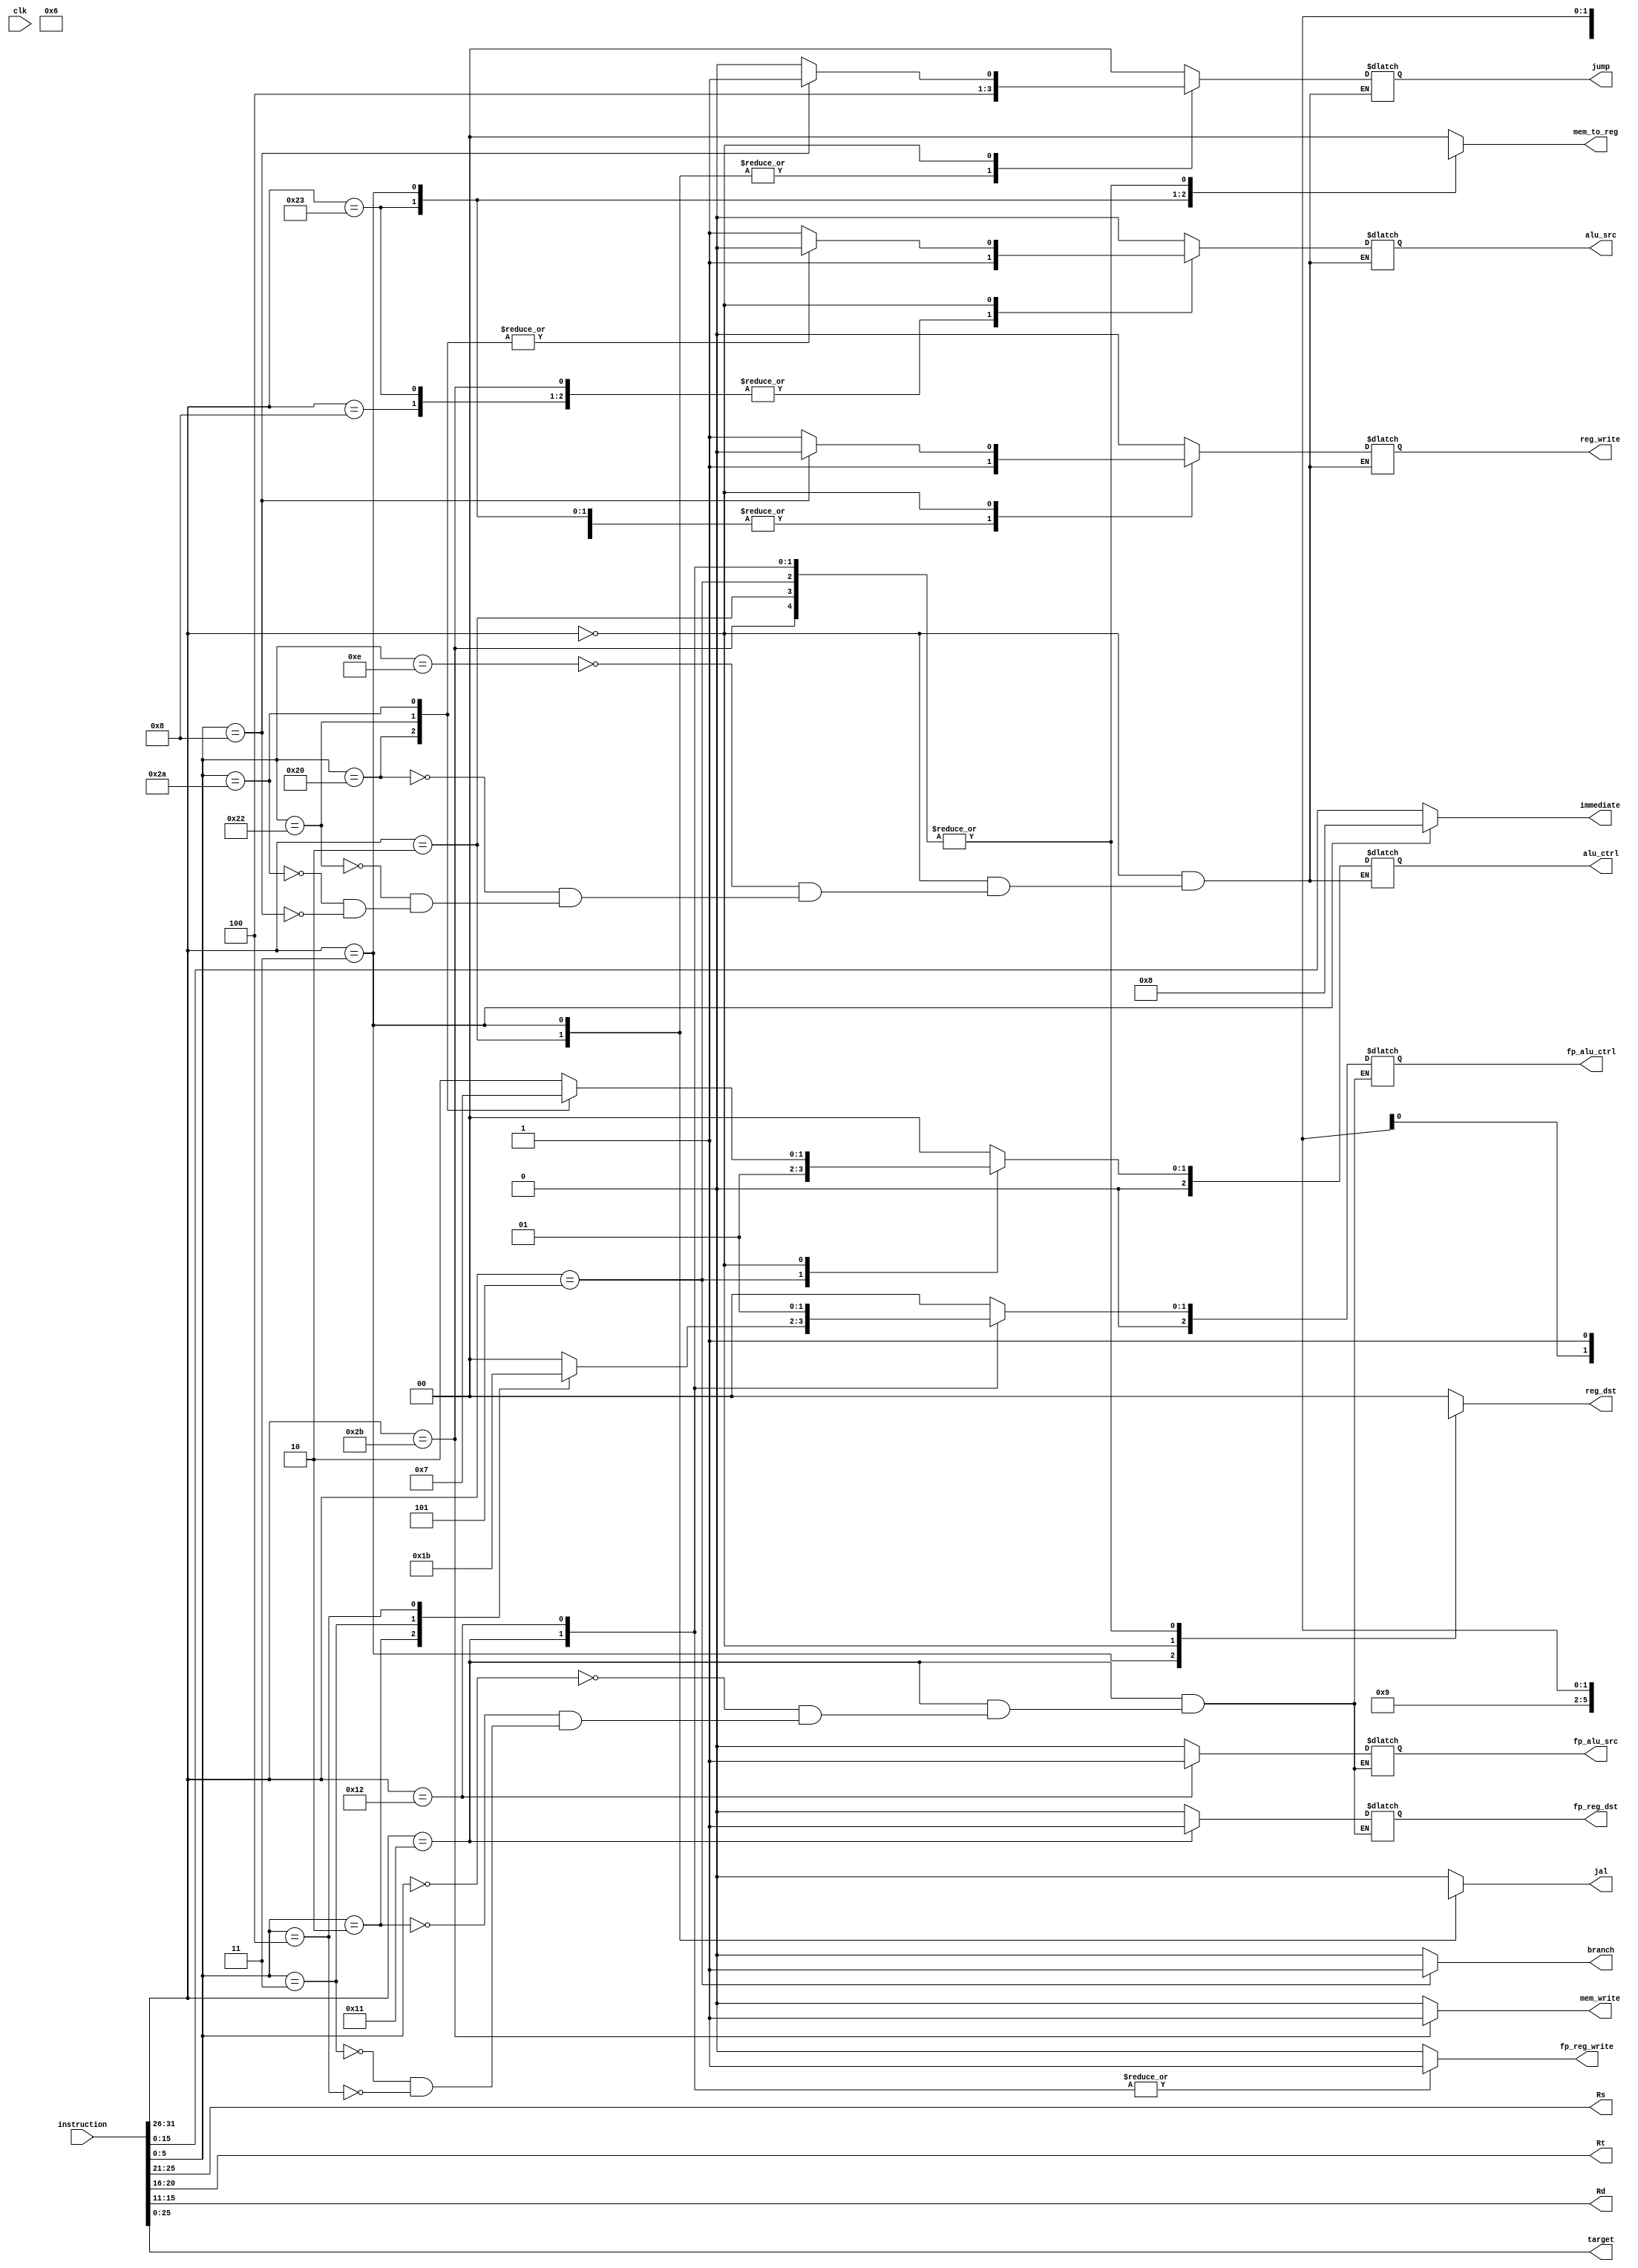
/*
Instruction Decoder

Takes in an instruction, outputs all control signals for CPU components
*/


module instr_decoder (
    input [31:0] instruction,
    input clk,
    output reg branch, reg_write, mem_write, alu_src, jal, fp_reg_write, fp_alu_src, fp_reg_dst,
    output reg [1:0] jump, reg_dst, mem_to_reg,
    output reg [2:0] alu_ctrl, fp_alu_ctrl,
    output reg [4:0] Rs, Rt, Rd,
    output reg [15:0] immediate,
    output reg [25:0] target
);

// CPU
// ...opcode parameters
parameter LW = 6'h23;
parameter SW = 6'h2b;
parameter J = 6'h2;
parameter JAL = 6'h3;
parameter BNE = 6'h5;
parameter ADDI = 6'h8;
parameter FUNC = 6'h0;

// ...function parameters for R-types
parameter XORI = 6'he;
parameter ADD = 6'h20;
parameter SUB = 6'h22;
parameter SLT = 6'h2a;
parameter JR = 6'h8;

// FPU
// ...opcode parameters
parameter FPU_FUNC = 6'h11;
parameter FPU_MULTI_S = 6'h12; // choosing h12 to be the opcode for "multiply by immediate" -- this is NOT part of the MIPS standard

// ...function parameters
parameter FPU_ADD_S = 6'h0; // add.s
parameter FPU_MUL_S = 6'h2; // mul.s
parameter FPU_DIV_S = 6'h3; // div.s
parameter FPU_SQRT_S = 6'h4; // sqrt.s

reg [5:0] op_code, func_code;

// Listen for instruction change
always @(instruction) begin

    op_code = instruction[31:26];
    Rs = instruction[25:21];
    Rt = instruction[20:16];
    Rd = instruction[15:11];
    func_code = instruction[5:0];
    target = instruction[25:0];

    case (op_code)

        // Load word
        LW: begin
            branch = 1'b0;
            reg_write = 1'b1;
            mem_write = 1'b0;
            alu_src = 1'b1;
            jal = 1'b0;
            jump = 2'b0;
            reg_dst = 2'b0;
            mem_to_reg = 2'b1;
            alu_ctrl = 3'b0;
            immediate = instruction[15:0];

            fp_reg_write = 1'b0;
            fp_alu_ctrl = 3'bx;
            fp_reg_dst = 1'bx;
            fp_alu_src = 1'bx;
        end

        // Store word
        SW: begin
            branch = 1'b0;
            reg_write = 1'b0;
            mem_write = 1'b1;
            alu_src = 1'b1;
            jal = 1'b0;
            jump = 2'b0;
            reg_dst = 2'bx;
            mem_to_reg = 2'bx;
            alu_ctrl = 3'b0;
            immediate = instruction[15:0];

            fp_reg_write = 1'b0;
            fp_alu_ctrl = 3'bx;
            fp_reg_dst = 1'bx;
            fp_alu_src = 1'bx;
        end

        // Jump
        J: begin
            branch = 1'b0;
            reg_write = 1'b0;
            mem_write = 1'b0;
            alu_src = 1'bx;
            jal = 1'bx;
            jump = 2'b10;
            reg_dst = 2'bx;
            mem_to_reg = 2'bx;
            alu_ctrl = 3'bx;
            immediate = instruction[15:0];

            fp_reg_write = 1'b0;
            fp_alu_ctrl = 3'bx;
            fp_reg_dst = 1'bx;
            fp_alu_src = 1'bx;
        end

        // Jump aligned
        JAL: begin
            branch = 1'b0;
            reg_write = 1'b1;
            mem_write = 1'b0;
            alu_src = 1'bx;
            jal = 1'b1;
            jump = 2'b10;
            reg_dst = 2'b10;
            mem_to_reg = 2'b10;
            alu_ctrl = 3'bx;
            immediate = 16'd8;

            fp_reg_write = 1'b0;
            fp_alu_ctrl = 3'bx;
            fp_reg_dst = 1'bx;
            fp_alu_src = 1'bx;
        end

        // Branch not equal
        BNE: begin
            branch = 1'b1;
            reg_write = 1'b0;
            mem_write = 1'b0;
            alu_src = 1'b0;
            jal = 1'b0;
            jump = 2'b0;
            reg_dst = 2'bx;
            mem_to_reg = 2'bx;
            alu_ctrl = 3'b1;
            immediate = instruction[15:0];

            fp_reg_write = 1'b0;
            fp_alu_ctrl = 3'bx;
            fp_reg_dst = 1'bx;
            fp_alu_src = 1'bx;
        end

        // Add immediate
        ADDI: begin
            branch = 1'b0;
            reg_write = 1'b1;
            mem_write = 1'b0;
            alu_src = 1'b1;
            jal = 1'b0;
            jump = 2'b0;
            reg_dst = 2'b0;
            mem_to_reg = 2'b0;
            alu_ctrl = 3'b0;
            immediate = instruction[15:0];

            fp_reg_write = 1'b0;
            fp_alu_ctrl = 3'bx;
            fp_reg_dst = 1'bx;
            fp_alu_src = 1'bx;
        end

        // R-types, opcode = 0
        FUNC: begin
            branch = 1'b0;
            mem_write = 1'b0;
            mem_to_reg = 2'b0;
            jal = 1'b0;
            reg_dst = 2'b1;
            immediate = instruction[15:0];

            fp_reg_write = 1'b0;
            fp_alu_ctrl = 3'bx;
            fp_reg_dst = 1'bx;
            fp_alu_src = 1'bx;

            case (func_code)

                XORI: begin
                    reg_write = 1'b1;
                    alu_src = 1'b1;
                    jump =  2'b0;
                    alu_ctrl = 3'd2;
                end

                ADD: begin
                    reg_write = 1'b1;
                    alu_src = 1'b0;
                    jump =  2'b0;
                    alu_ctrl = 3'd0;
                end

                SUB: begin
                    reg_write = 1'b1;
                    alu_src = 1'b0;
                    jump = 2'b0;
                    alu_ctrl = 3'd1;
                end

                SLT: begin
                    reg_write = 1'b1;
                    alu_src = 1'b0;
                    jump = 2'b0;
                    alu_ctrl = 3'd3;
                end

                JR: begin
                    reg_write = 1'b0;
                    alu_src = 1'bx;
                    jump = 2'b1;
                    alu_ctrl = 3'bx;
                end
            endcase
        end

        // FPU R-types, opcode = 6'h11
        FPU_FUNC: begin
            branch = 1'b0;
            reg_write = 1'b0;
            mem_write = 1'b0;
            alu_src = 1'bx;
            jal = 1'b0;
            jump =  2'b0;
            reg_dst = 2'bx;
            mem_to_reg = 2'bx;
            alu_ctrl = 3'bx;
            immediate = instruction[15:0];

            fp_reg_write = 1'b1;

            case (func_code)

                FPU_ADD_S: begin
                    fp_alu_ctrl = 3'd0;
                    fp_reg_dst = 1'b1;
                    fp_alu_src = 1'b0;
                end

                FPU_MUL_S: begin
                    fp_alu_ctrl = 3'd1;
                    fp_reg_dst = 1'b1;
                    fp_alu_src = 1'b0;
                end

                FPU_DIV_S: begin
                    fp_alu_ctrl = 3'd2;
                    fp_reg_dst = 1'b1;
                    fp_alu_src = 1'b0;
                end

                FPU_SQRT_S: begin
                    fp_alu_ctrl = 3'd3;
                    fp_reg_dst = 1'b1;
                    fp_alu_src = 1'b0;
                end

            endcase
        end

        FPU_MULTI_S: begin
            branch = 1'b0;
            reg_write = 1'b0;
            mem_write = 1'b0;
            alu_src = 1'bx;
            jal = 1'b0;
            jump =  2'b0;
            reg_dst = 2'bx;
            mem_to_reg = 2'bx;
            alu_ctrl = 3'bx;
            immediate = instruction[15:0];

            fp_reg_write = 1'b1;
            fp_alu_ctrl = 3'd1;
            fp_reg_dst = 1'b0;
            fp_alu_src = 1'b1;
        end

        // Default case
        default: begin
            branch = 1'b0;
            reg_write = 1'b0;
            mem_write = 1'b0;
            alu_src = 1'b0;
            jal = 1'b0;
            jump = 2'b0;
            reg_dst = 2'b0;
            mem_to_reg = 2'b0;
            alu_ctrl = 3'b0;
            immediate = instruction[15:0];

            fp_reg_write = 1'b0;
            fp_alu_ctrl = 3'b0;
            fp_reg_dst = 1'b0;
            fp_alu_src = 1'b0;
        end
    endcase
end
endmodule